Leaving Certificate Examination, 1918
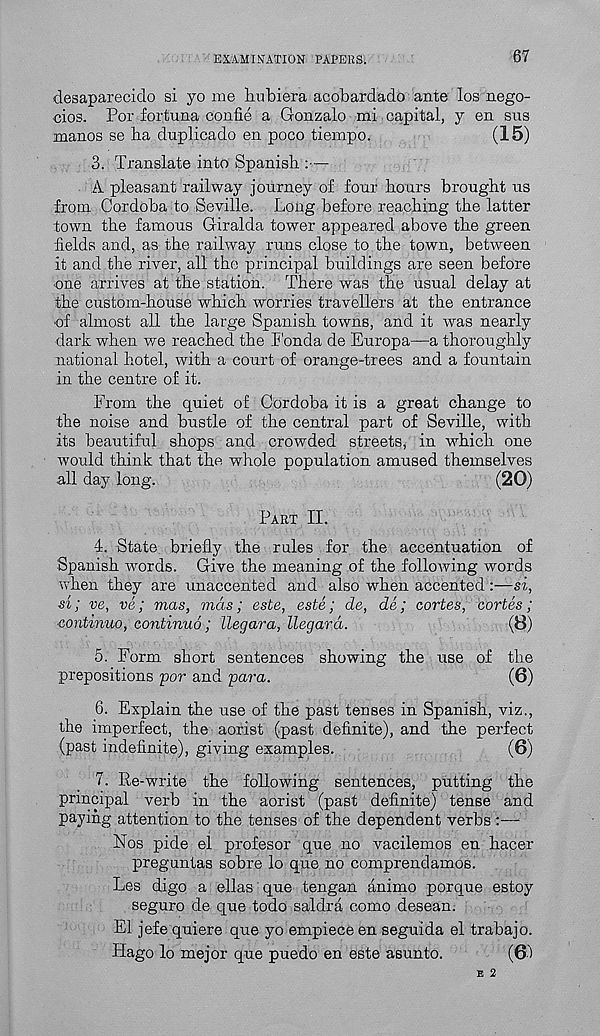
EXAMINATION PAPERS.
67
desaparecido si yo me hubiera acobardado ante los nego-
cios. Pop fortuna confie a Gonzalo mi capital, y en sus
manos se ba duplicado en poco tiempo.
(15)
3. Translate into Spanish :—
A pleasant railway journey of four hours brought us
from Cordoba to Seville. Long before reaching the latter
town the famous Giralda tower appeared above the green
fields and, as the railway runs close to the town, between
it and the river, all the principal buildings are seen before
one arrives at the station. There was the usual delay at
the custom-house which worries travellers at the entrance
of almost all the large Spanish towns, and it was nearly
dark when we reached the Fonda de Europa—a thoroughly
national hotel, with a court of orange-trees and a fountain
in the centre of it.
From the quiet of Cordoba it is a great change to
the noise and bustle of the central part of Seville, with
its beautiful shops and crowded streets, in which one
would think that the whole population amused themselves
all day long.
(20)
Part II.
4. State briefly the rules for the accentuation of
Spanish words. Give the meaning of the following words
when they are unaccented and also when accented:—si,
si; ve, ve; mas, mas; este, este; de, de; cartes, cartes;
continuo, continuo; llegara, Regard.
(8)
5. Form short sentences showing the use of the
prepositions par and para.
(6)
6. Explain the use of the past tenses in Spanish, viz.,
the imperfect, the aorist (past definite), and the perfect
(past indefinite), giving examples.
(6)
7. Re-write the following sentences, putting the
principal verb in the aorist (past definite) tense and
paying attention to the tenses of the dependent verbs :—
Nos pide el profesor que no vacilemos en hacer
preguntas sob re lo que no comprendamos.
Les digo a ellas que tengan animo porque estoy
seguro de que todo saldra como desean.
El jefe quiere que yo empiece en seguida el trahajo.
Hago lo mejor que puedo en este asunto.
(6 )